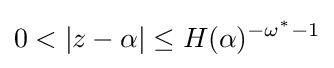
0<|z-\alpha |\leq H(\alpha )^{-\omega ^{*}-1}